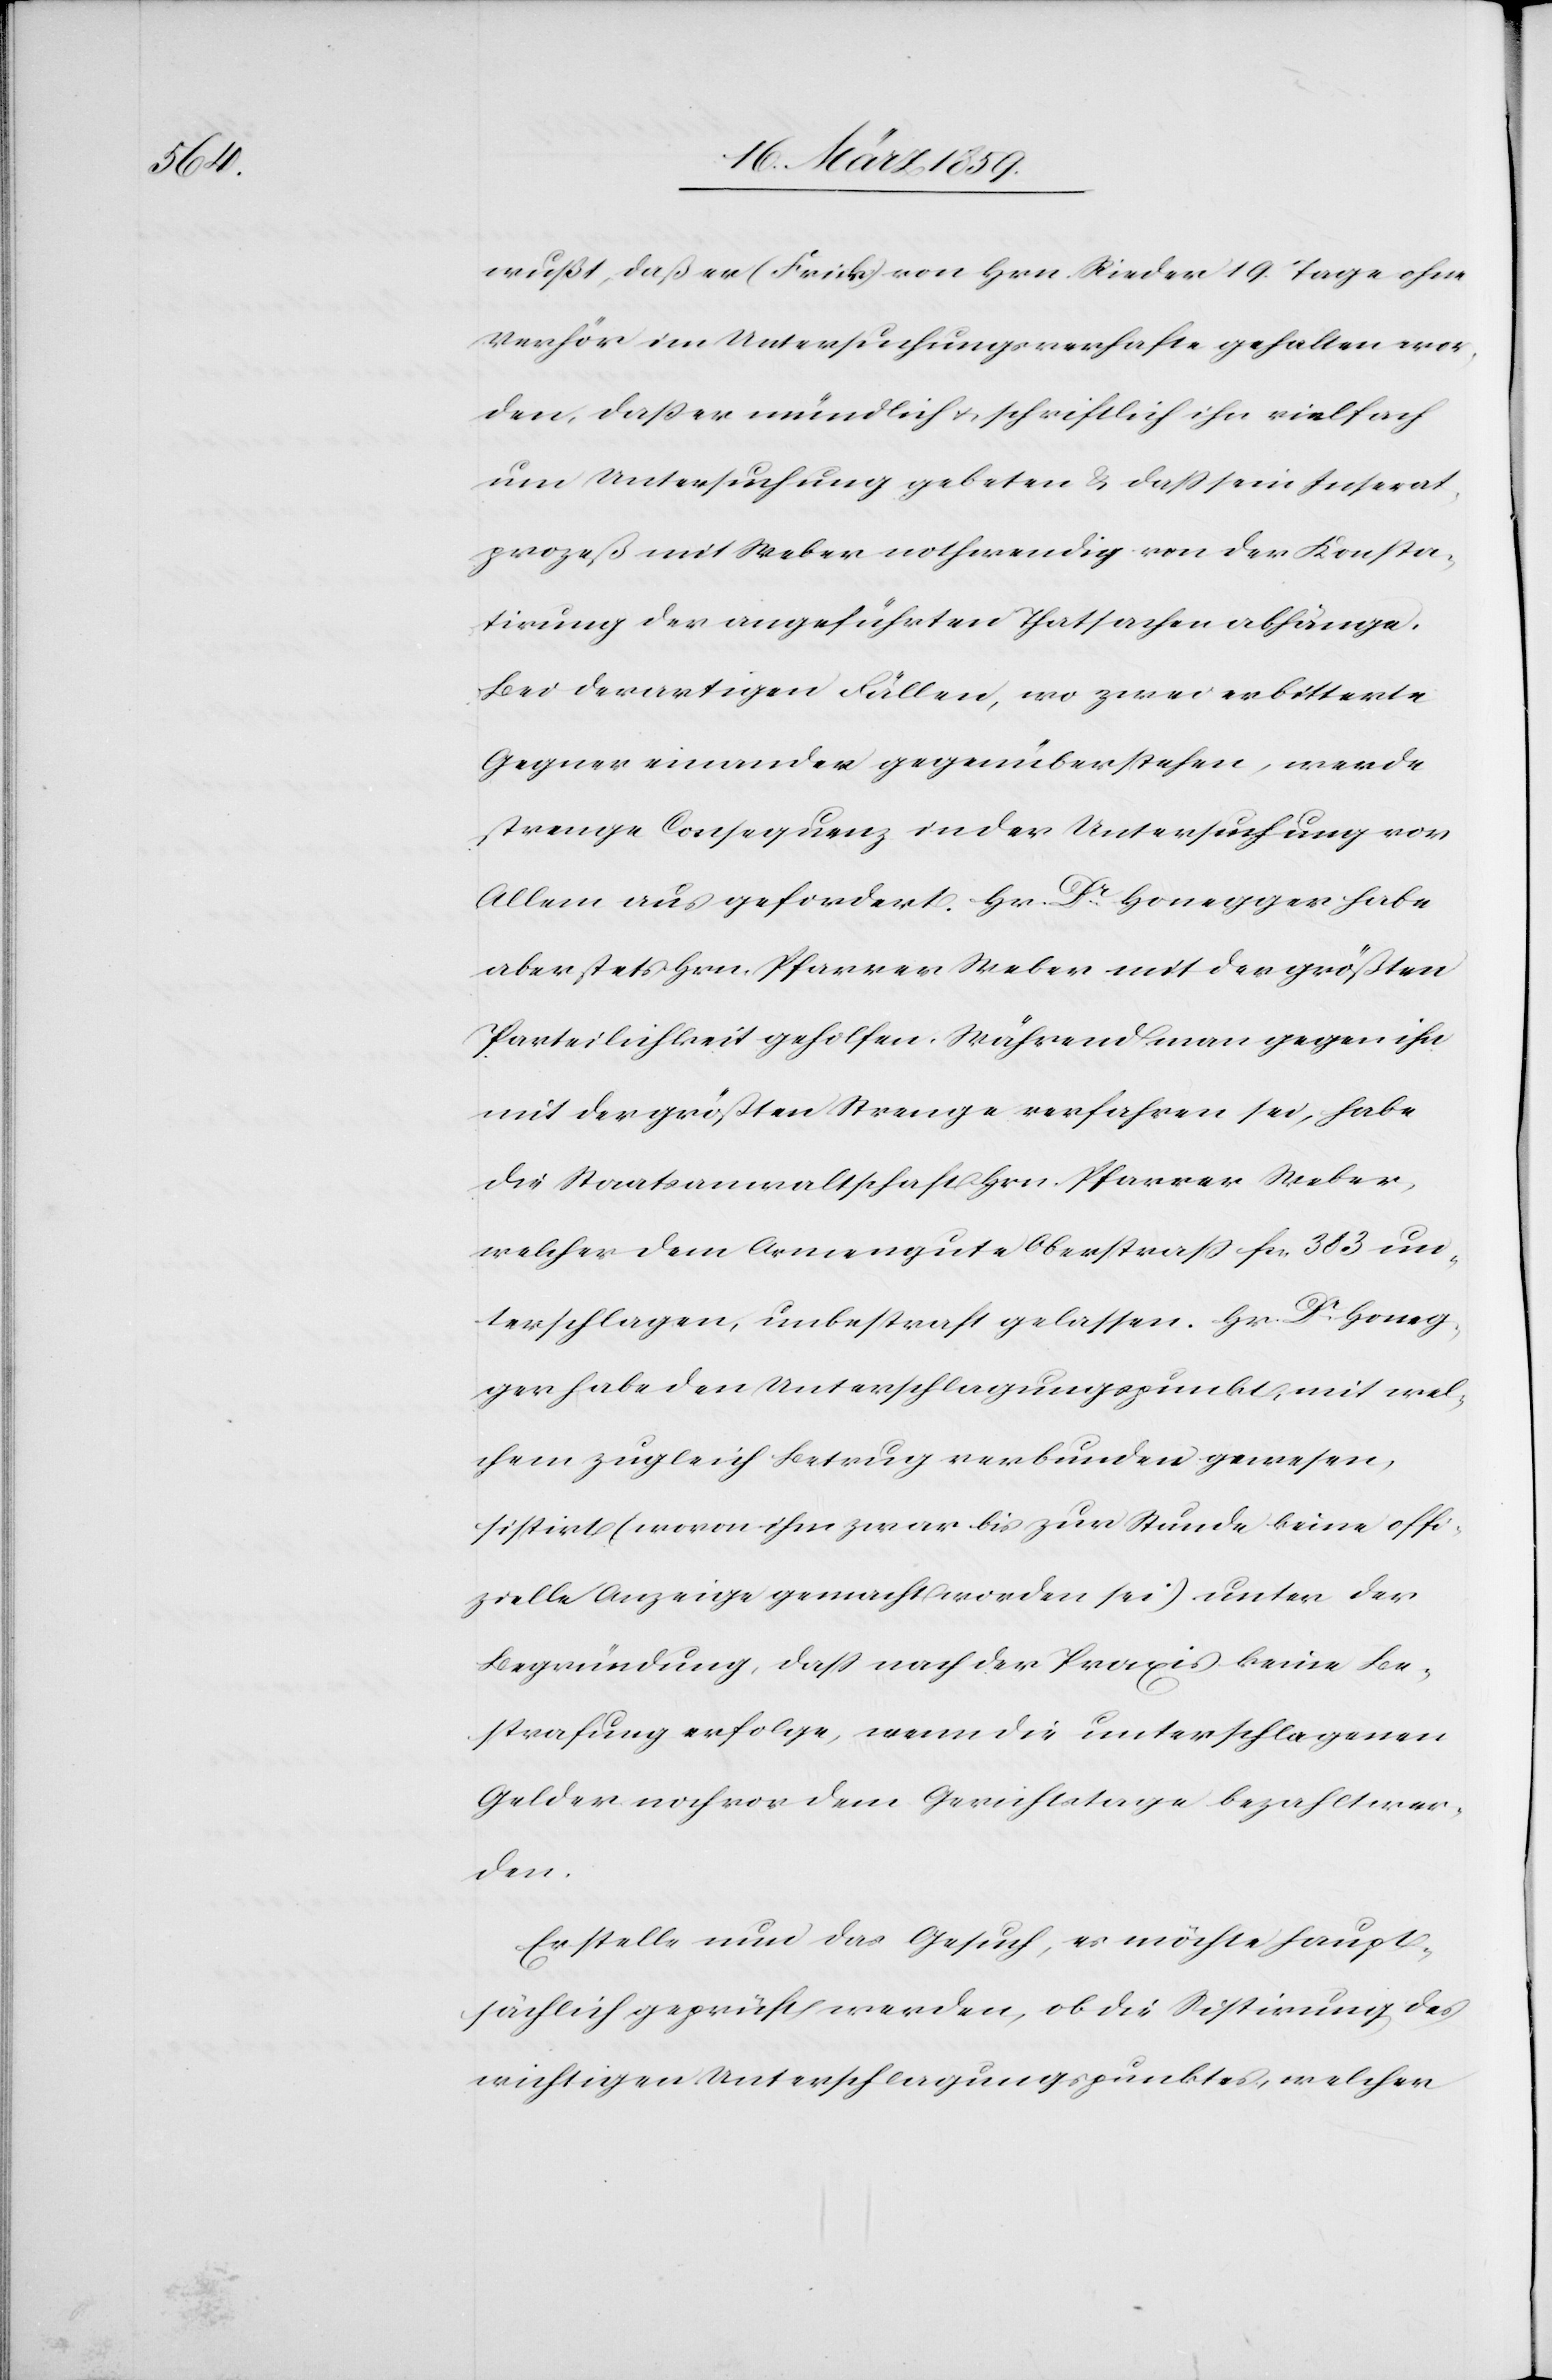
wußt, daß er (Frick) von Hrn. Rieder 19. Tage ohne
Verhör im Untersuchungsverhafte gehalten wor¬
den, daß er mündlich u. schriftlich ihn vielfach
um Untersuchung gebeten & daß sein Inserat¬
prozeß mit Weber nothwendig von der Konsta¬
tirung der angeführten Thatsachen abhänge.
Bei derartigen Fällen, wo zwei erbitterte
Gegner einander gegenüberstehen, werde
strenge Consequenz in der Untersuchung vor
Allem aus gefordert. Hr. Dr. Honegger habe
aber stets Hrn. Pfarrer Weber mit der größten
Parteilichkeit geholfen. Während man gegen ihn
mit der größten Strenge verfahren sei, habe
die Staatsanwaltschaft Hrn. Pfarrer Weber,
welcher dem Armengute Oberstraß fcs. 383 un¬
terschlagen, unbestraft gelassen. Hr. Dr. Honeg¬
ger habe den Unterschlagungspunkt, mit wel¬
chem zugleich Betrug verbunden gewesen,
sistirt (wovon ihm zwar bis zur Stunde keine offi¬
zielle Anzeige gemacht worden sei) unter der
Begründung, daß nach der Praxis keine Be¬
strafung erfolge, wenn die unterschlagenen
Gelder noch vor dem Gerichtstage bezahlt wer¬
den.
Er stelle nun das Gesuch, es möchte haupt¬
sächlich geprüft werden, ob die Stistirung des
wichtigen Unterschlagungspunktes, welcher